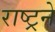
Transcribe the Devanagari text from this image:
राष्ट्रने